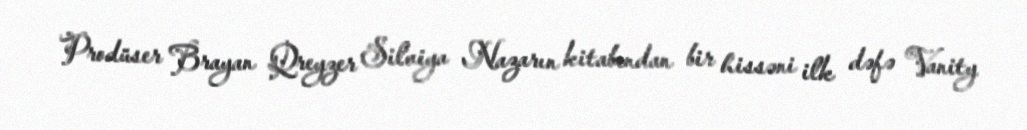
Prodüser Brayan Qreyzer Silviya Nazarın kitabından bir hissəni ilk dəfə Vanity